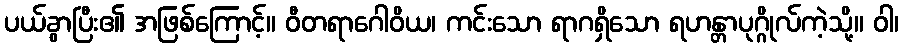
ပယ်ခွာပြီး၏ အဖြစ်ကြောင့်။ ဝီတရာဂေါဝိယ၊ ကင်းသော ရာဂရှိသော ရဟန္တာပုဂ္ဂိုလ်ကဲ့သို့။ ဝါ၊